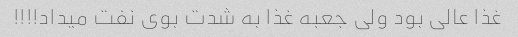
غذا عالى بود ولى جعبه غذا به شدت بوى نفت میداد!!!!